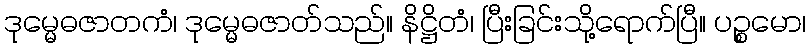
ဒုမ္မေဓဇာတကံ၊ ဒုမ္မေဓဇာတ်သည်။ နိဋ္ဌိတံ၊ ပြီးခြင်းသို့ရောက်ပြီ။ ပဉ္စမော၊